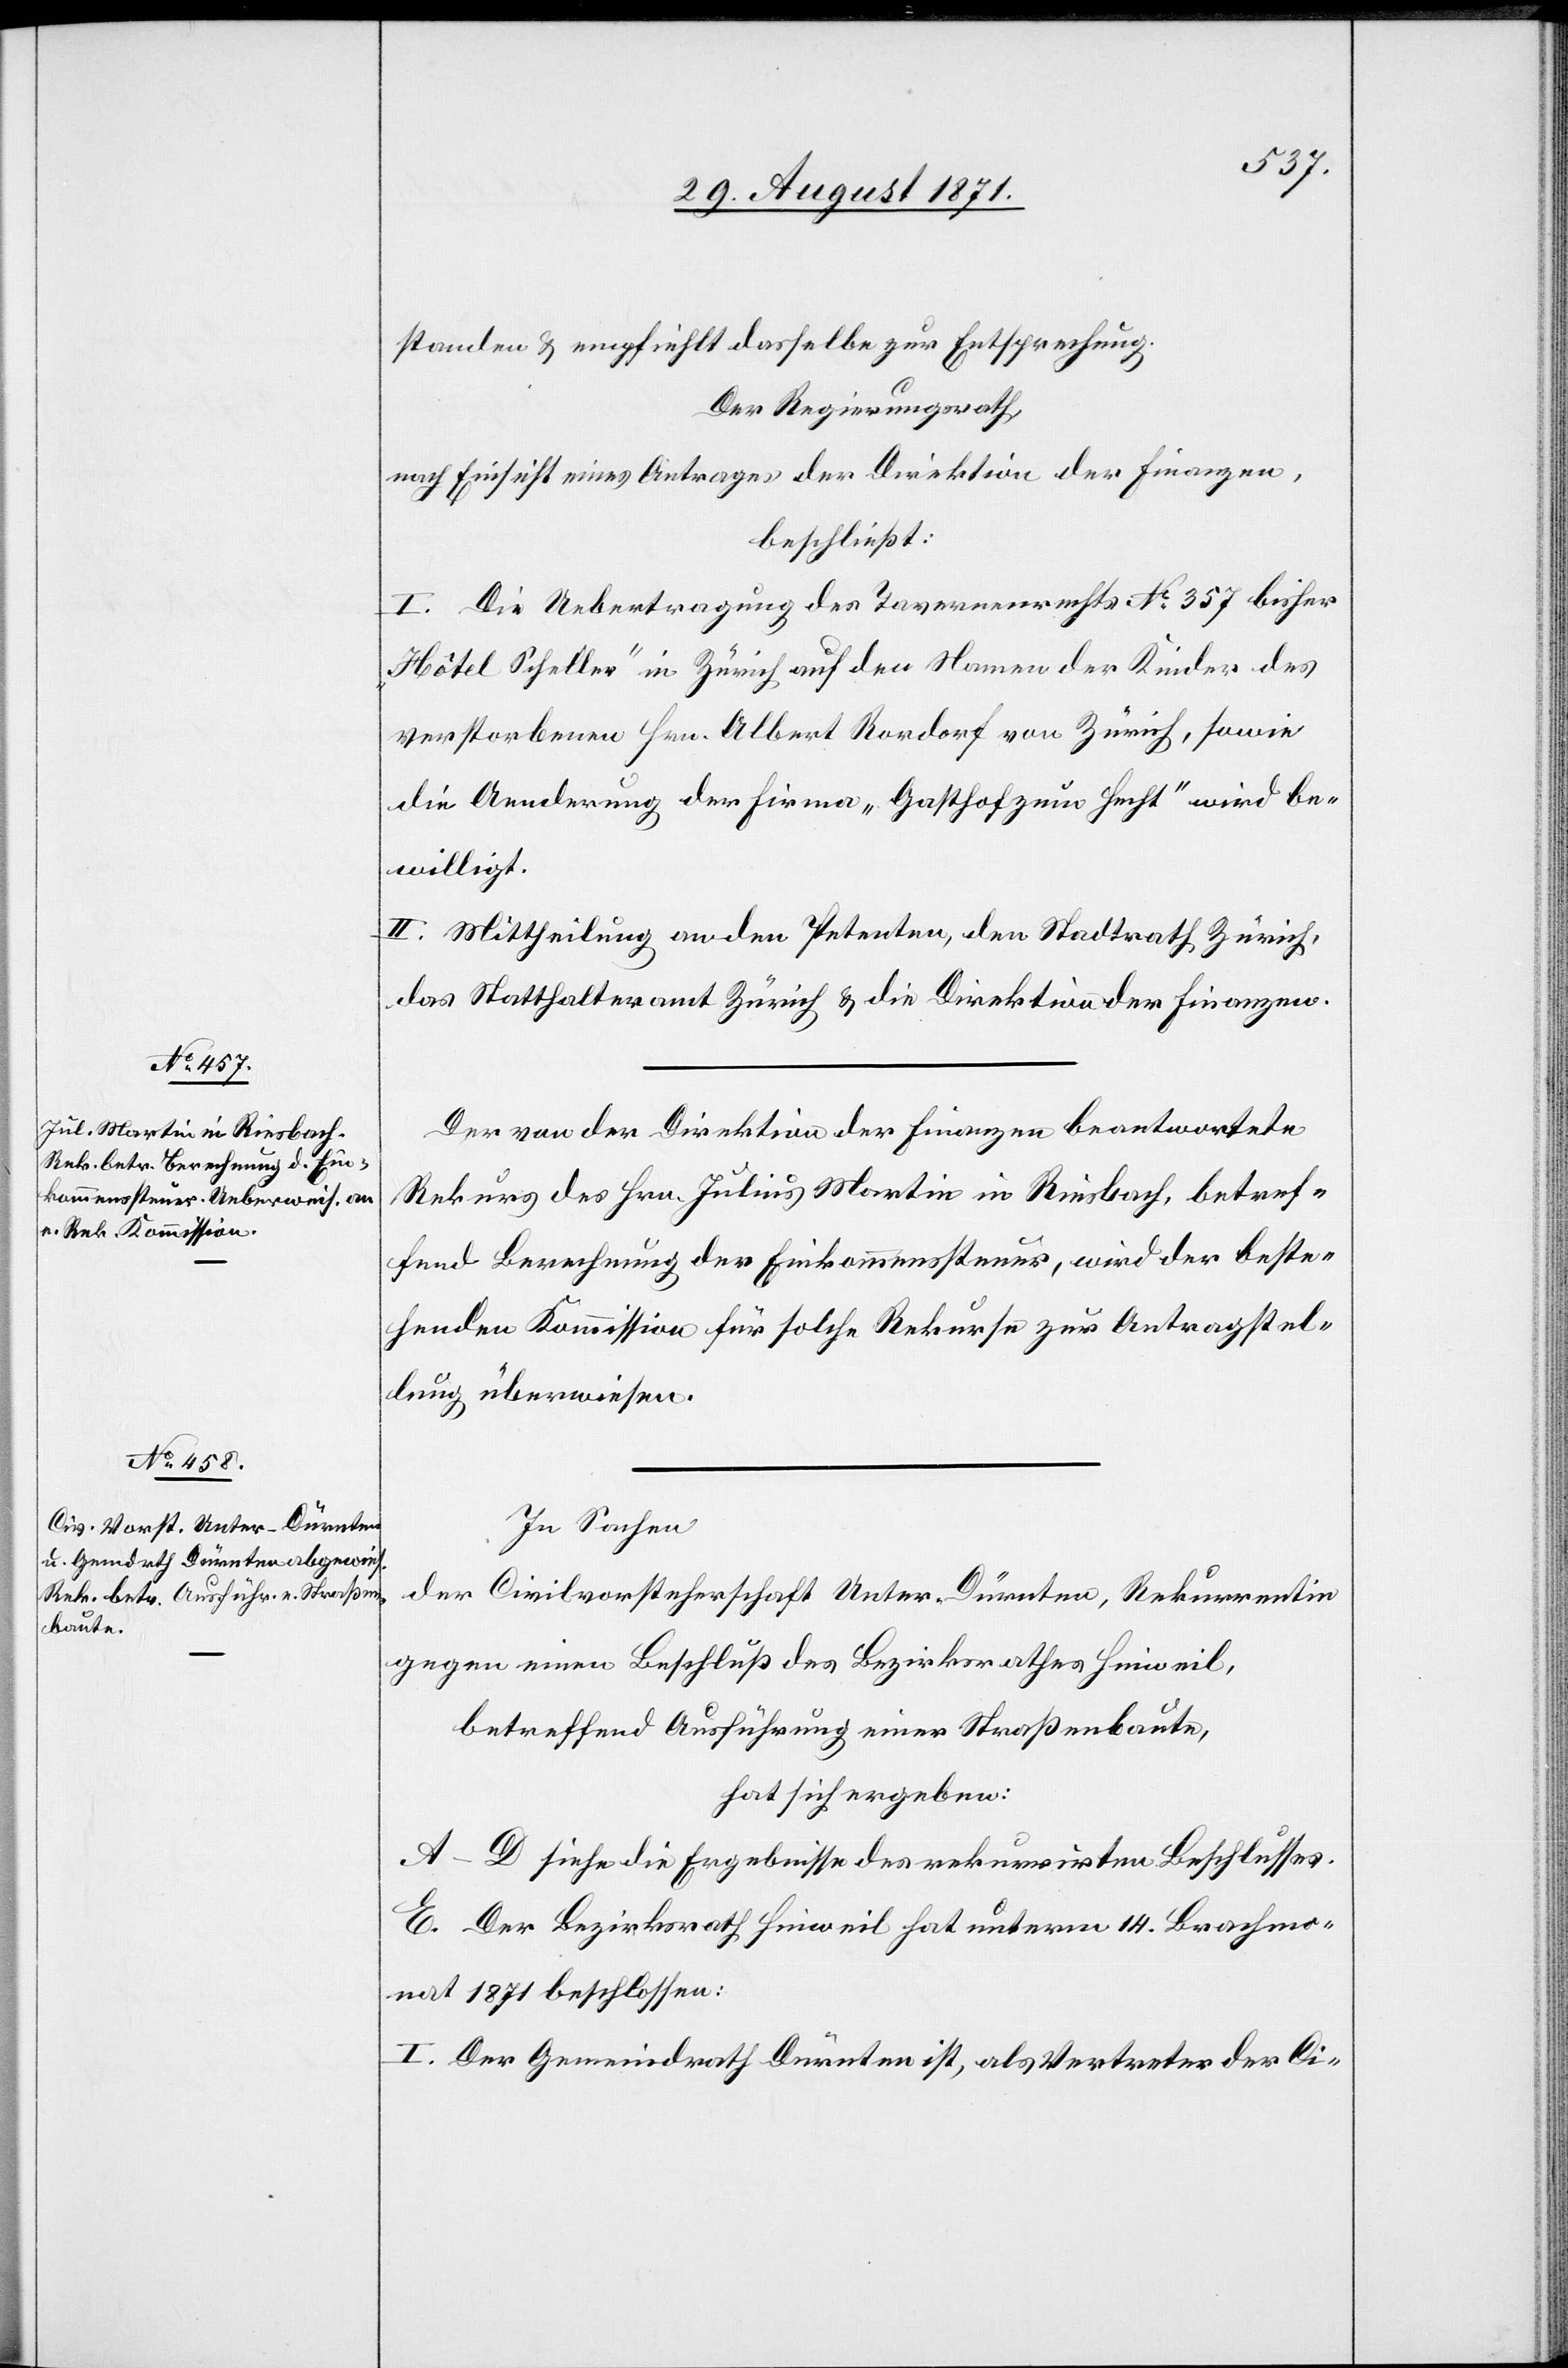
standen & empfiehlt dasselbe zur Entsprechung.
Der Regierungsrath,
nach Einsicht eines Antrages der Direktion der Finanzen,
beschließt:
I. Die Uebertragung des Tavernenrechts No 357 bisher
„Hôtel Scheller“ in Zürich auf den Namen der Kinder des
verstorbenen Hrn. Albert Rordorf von Zürich, sowie
die Anwendung der Firma „Gasthaus zum Hecht“ wird be¬
willigt.
II. Mittheilung an den Petenten, den Stadtrath Zürich,
das Statthalteramt Zürich & die Direktion der Finanzen.
Der von der Direktion der Finanzen beantwortete
Rekurs der Fam. Julius Martin in Riesbach, betref¬
fend Berechnung der Einkommenssteuer, wird der beste¬
henden Kommission für solche Rekurse zur Antragstel¬
lung überwiesen.
In Sachen
der Civilvorsteherschaft Unter-Dürnten, Rekurrentin
gegen einen Beschluß des Bezirksrathes Hinweil,
betreffend Ausführung einer Straßenbaute,
hat sich ergeben:
A–D siehe die Ergebnisse des rekurrirten Beschlusses.
E. Der Bezirksrath Hinweil hat unterm 14. Brachmo¬
nat 1871 beschlossen:
I. Der Gemeindrath Dürnten ist, als Vertreter der Ci-